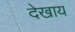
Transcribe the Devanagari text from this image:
देखाय